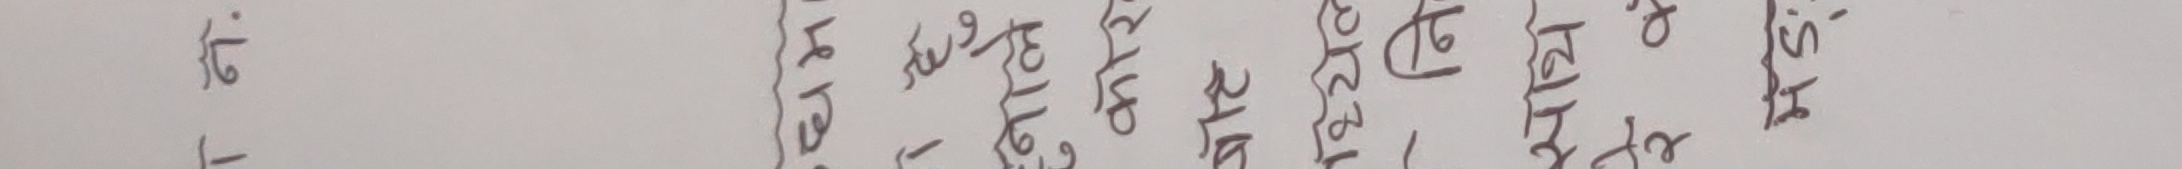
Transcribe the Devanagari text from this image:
लिइ